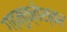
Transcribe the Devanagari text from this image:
गढ़मुक्‍तेश्‍वर